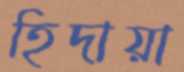
হিদায়া